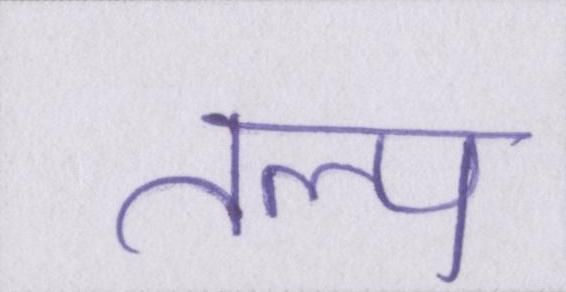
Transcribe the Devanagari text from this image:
तल्प